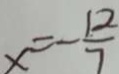
x = - \frac { 1 2 } { 7 }